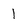
Character: 1